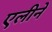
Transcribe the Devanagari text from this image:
एलीने